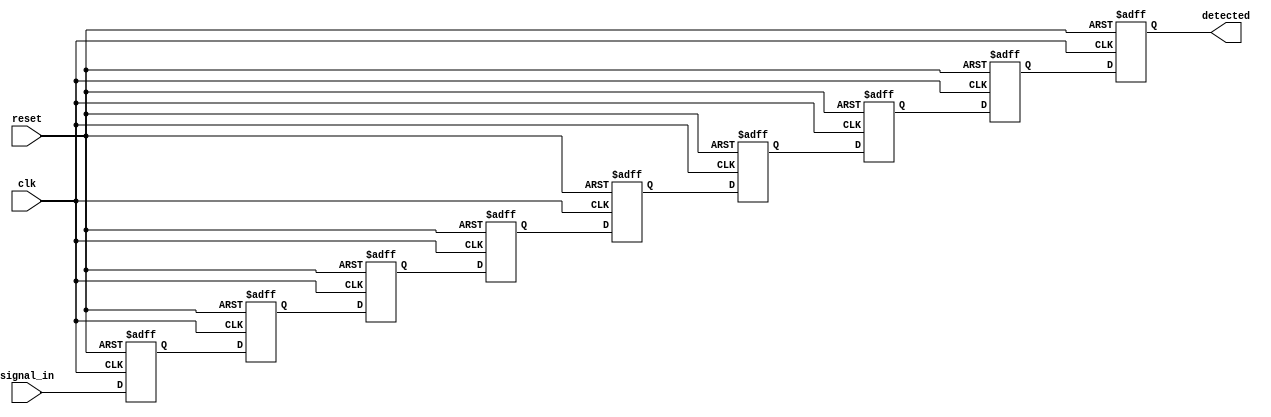
module MemoryBlocksSamplingDelayLineDetector #(
    parameter NUM_BLOCKS = 8,         // Number of memory blocks
    parameter DATA_WIDTH = 1,          // Width of the input signal
    parameter THRESHOLD = 1'b1         // Threshold for detection
)(
    input wire clk,                    // Clock signal
    input wire reset,                  // Reset signal
    input wire [DATA_WIDTH-1:0] signal_in, // Input signal
    output reg detected                // Detection output
);

    // Memory blocks to store sampled values
    reg [DATA_WIDTH-1:0] memory_blocks [0:NUM_BLOCKS-1];

    // Sampling mechanism
    integer i;
    always @(posedge clk or posedge reset) begin
        if (reset) begin
            // Clear memory blocks on reset
            for (i = 0; i < NUM_BLOCKS; i = i + 1) begin
                memory_blocks[i] <= {DATA_WIDTH{1'b0}};
            end
            detected <= 1'b0; // Reset detection output
        end else begin
            // Shift the memory blocks to create a delay line
            for (i = NUM_BLOCKS-1; i > 0; i = i - 1) begin
                memory_blocks[i] <= memory_blocks[i-1];
            end
            // Store the current input signal in the first memory block
            memory_blocks[0] <= signal_in;

            // Comparator logic to check for detection condition
            detected <= (memory_blocks[NUM_BLOCKS-1] == THRESHOLD);
        end
    end

endmodule